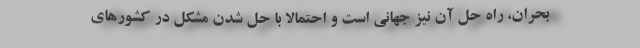
بحران، راه حل آن نیز جهانی است و احتمالا با حل شدن مشکل در کشورهای